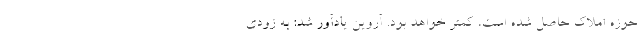
حوزه املاک حاصل شده است، کمتر خواهد بود. آروین یادآور شد: به زودی